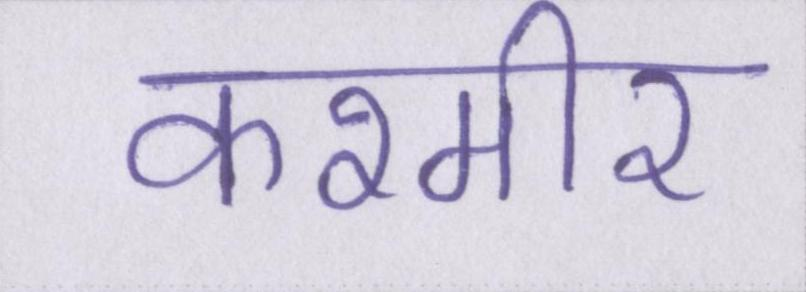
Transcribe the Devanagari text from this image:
कश्मीर